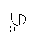
Letter: _ya